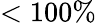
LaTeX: <100\%